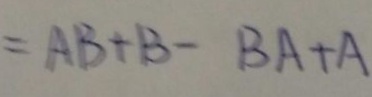
= A B + B - B A + A